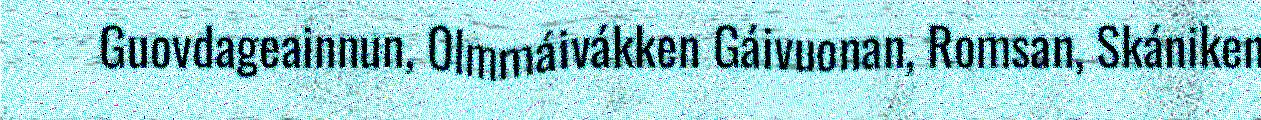
Guovdageainnun, Olmmáivákken Gáivuonan, Romsan, Skániken